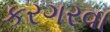
કરગરવા